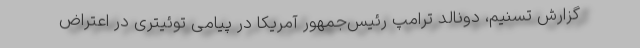
گزارش تسنیم، دونالد ترامپ رئیس‌جمهور آمریکا در پیامی توئیتری در اعتراض